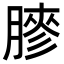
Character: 𦟬